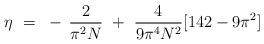
\begin{align*}\eta ~=~ - \, \frac{2}{\pi^2N} ~+~ \frac{4}{9\pi^4N^2} [142 - 9\pi^2]\end{align*}